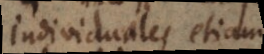
individuales etiam